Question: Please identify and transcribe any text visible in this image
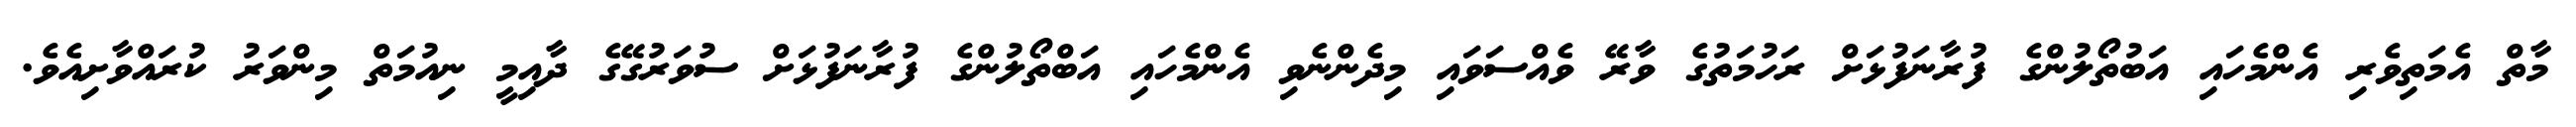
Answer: މާތް އެމަތިވެރި އެންމެހައި އަބުތޯލުންގެ ފުރާނަފުޅަށް ރަހުމަތުގެ ވާރޭ ވެއްސަވައި މިދެންނެވި އެންމެހައި އަބްތޯލުންގެ ފުރާނަފުޅަށް ސުވަރުގޭގެ ދާއިމީ ނިއުމަތް މިންވަރު ކުރައްވާށިއެވެ.